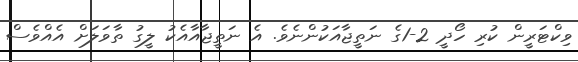
ވިކްޓަރީން ކުރި ހޯދީ 2-1ގެ ނަތީޖާއަކުންނެވެ. އެ ނަތީޖާއާއެކު ލީގު ތާވަލަށް އެއްވެސް